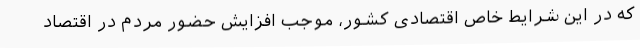
که در این شرایط خاص اقتصادی کشور، موجب افزایش حضور مردم در اقتصاد